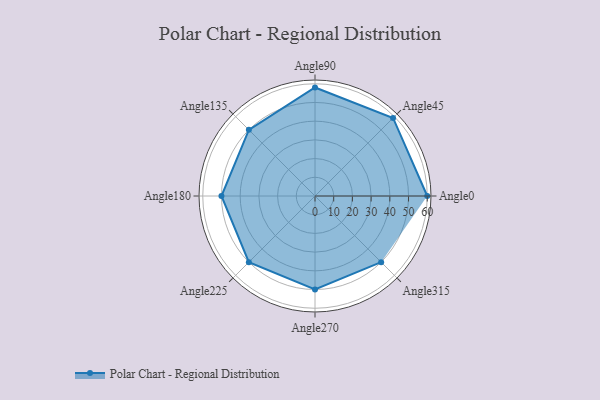
{"axis": {"x": "Angle", "y": "Radius"}, "legend": [""], "data": [{"x": "Angle0", "y": 60.0, "type": ""}, {"x": "Angle45", "y": 59.0, "type": ""}, {"x": "Angle90", "y": 58.0, "type": ""}, {"x": "Angle135", "y": 50.0, "type": ""}, {"x": "Angle180", "y": 50, "type": ""}, {"x": "Angle225", "y": 50, "type": ""}, {"x": "Angle270", "y": 50, "type": ""}, {"x": "Angle315", "y": 50, "type": ""}]}